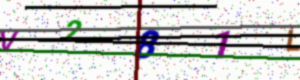
Text: V281L